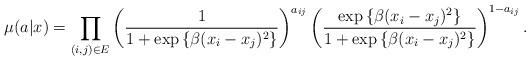
LaTeX: \begin{align*}\mu(a|x)=\prod_{(i,j)\in E}\left(\frac{1}{1+\exp\left\{ \beta(x_{i}-x_{j})^{2}\right\} }\right)^{a_{ij}}\left(\frac{\exp\left\{ \beta(x_{i}-x_{j})^{2}\right\} }{1+\exp\left\{ \beta(x_{i}-x_{j})^{2}\right\} }\right)^{1-a_{ij}}.\end{align*}